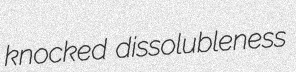
knocked dissolubleness